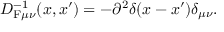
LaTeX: D _ { \mathrm { F } \mu \nu } ^ { - 1 } ( x , x ^ { \prime } ) = - \partial ^ { 2 } \delta ( x - x ^ { \prime } ) \delta _ { \mu \nu } .